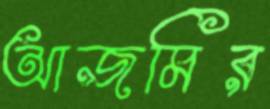
আজমির